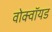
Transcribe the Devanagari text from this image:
वोक्वॉयड